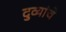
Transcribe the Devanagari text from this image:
दुव्यांचे